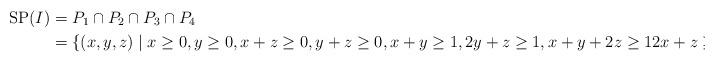
LaTeX: \begin{align*} {\rm SP}(I)&= P_1 \cap P_2\cap P_3 \cap P_4\\ &=\{(x,y,z) \mid x \geq 0, y \geq 0, x+z \geq 0, y+z \geq 0,x+y \geq 1, 2y+z \geq 1,x+y+2z \geq 1 2x+z \geq 1\}\end{align*}